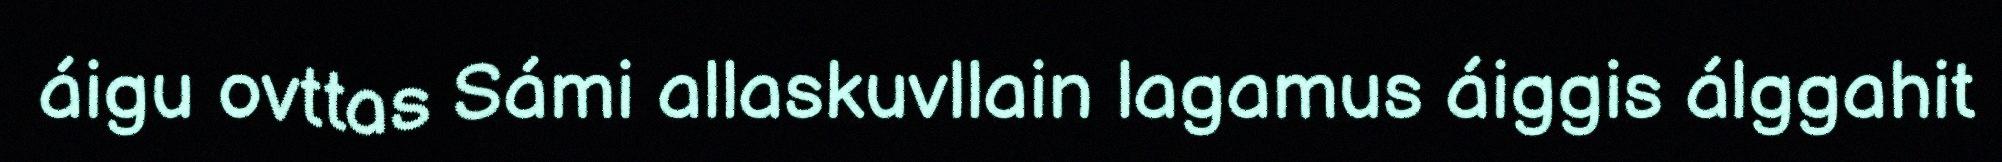
áigu ovttas Sámi allaskuvllain lagamus áiggis álggahit